Assam Mental Hospital (Tezpur, India) - 1933-1948
Year: 1933
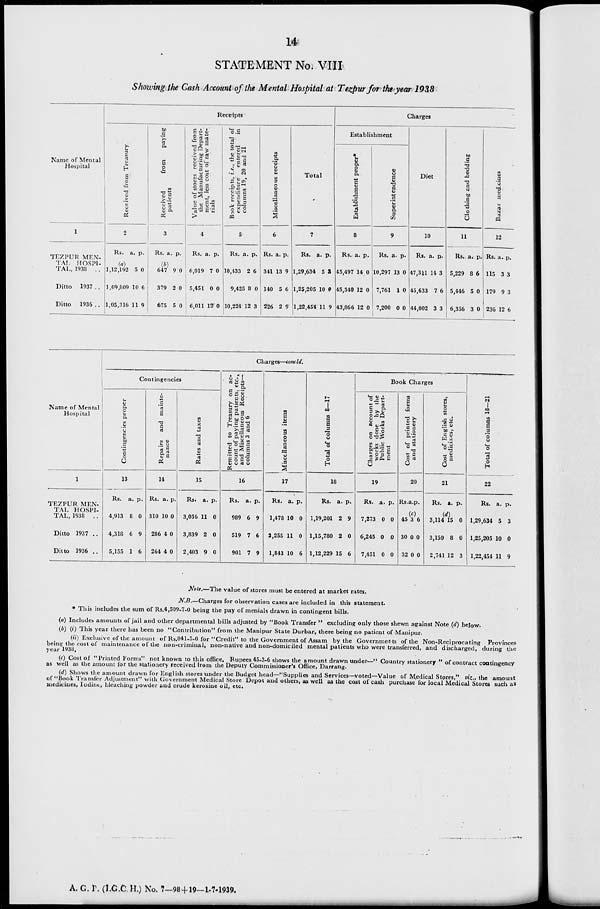
14
STATEMENT No. VIII
Showing the Cash Account of the Mental Hospital at Tezpur for the year 1938
Name of Mental
Hospital
1
TEZPUR MEN-
TAL HOSPI-
TAL, 1938 ..
Ditto 1937 ..
Ditto 1936 ..
Receipts
Received from Treasury
2
Rs. a. p.
(a)
1,12,192
1,09,809
1,05,316
5
10
11
0
6
9
Received
from
paying
patients
3
Rs. a. p.
(b)
647
379
675
9
2
5
0
0
0
Value of stores received from
the Manufacturing Depart-
ment, less cost of raw mate-
rials
4
Rs. a. p.
6,019
5,451
6,011
7
0
12
0
0
0
Book receipts, i.e., the total of
expenditure
entered
in
columns
19,
20
and
21
5
Rs. a. p.
10,433
9,425
10,224
2
8
12
6
0
3
Miscellaneous receipts
6
Rs. a. p.
341
140
226
13
5
2
9
6
9
Total
7
Rs. a. p.
1,29,634
1,25,205
1,22,454
5
10
11
3
0
9
Charges
Establishment
Establishment proper*
8
Rs. a. p.
45,497
45,540
43,866
14
12
12
0
0
0
Superintendence
9
Rs. a. p.
10,297
7,761
7,200
13
1
0
0
0
0
Diet
10
Rs. a. p.
47,311
45,633
44,002
14
7
3
3
6
3
Clothing end bedding
11
Rs. a. p.
5,229
5,446
6,356
8
5
3
6
0
0
Bazar medicines
12
Rs. a. p.
115
179
236
3
9
12
3
3
6
Name of Mental
Hospital
1
TEZPUR MEN-
TAL HOSPI-
TAL, 1938 ..
Ditto 1937 ..
Ditto 1936 ..
Charges—concld.
Contingencies
Contingencies proper
13
Rs. a. p.
4,913
4,318
5,155
8
6
1
0
9
6
Repairs and mainte-
nance
14
Rs. a. p.
310
286
264
10
4
4
0
0
0
Rates and taxes
15
Rs. a. p.
3,056
3,839
2,403
11
2
9
0
0
0
Remitted to Treasury on ac-
count of paying patients, etc.,
and Miscellaneous Receipts—
columns 3 and 6
16
Rs. a. p.
989
519
901
6
7
7
9
6
9
Miscellaneous items
17
Rs. a. p.
1,478
2,255
1,843
10
11
10
0
0
6
Total of columns 8—17
18
Rs. a. p.
1,19,201
1,15,780
1,12,229
2
2
15
9
0
6
Book Charges
Charges on account of
works done by the
Public Works Depart-
ment
19
Rs. a. p.
7,273
6,245
7,451
0
0
0
0
0
0
Cost of printed forms
and stationery
20
Rs. a.p. p.
(c)
45
30
32
3
0
0
6
0
0
Cost of English stores,
medicines, etc.
21
Rs. a. p.
(d)
3,114
3,150
2,741
15
8
12
0
0
3
Total of columns 18—21
22
Rs. a. p.
1,29,634
1,25,205
1,22,454
5
10
11
3
0
9
Note.—The value of stores must be entered at market rates.
N
B.—Charges for observation cases are included in this statement.
* This includes the sum of Rs.4,509-7-0 being the pay of menials drawn in contingent bills.
(a) Includes amounts of jail and other departmental bills adjusted by "Book Transfer " excluding only those shewn against Note (d) below.
(b) (i) This year there has been no "Contribution" from the Manipur State Durbar, there being no patient of Manipur.
(ii) Exclusive of the amount of Rs.841-5-0 for "Credit" to the Government of Assam by the Governments of the Non-Reciprocating Provinces
being the cost of maintenance of the non-criminal, non-native and non-domiciled mental patients who were transferred, and discharged, during the
year 1938.
(c) Cost of "Printed Forms" not known to this office, Rupees 45-3-6 shows the amount drawn under—" Country stationery " of contract contingency
as well as the amount for the stationery received from the Deputy Commissioner's Office, Darrang.
(d) Shows the amount drawn for English stores under the Budget head—"Supplies and Services—voted—Value of Medical Stores," viz., the amount
of "Book Transfer Adjustment" with Government Medical Store Depot and others, as well as the cost of cash purchase for local Medical Stores such as
medicines, Iodine, bleaching powder and crude kerosine oil, etc.
A. G. P. (I.G.C.H.) No. 7—98+19—1-7-1939.